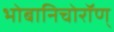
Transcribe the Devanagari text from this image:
भोबानिचोरॉण्